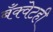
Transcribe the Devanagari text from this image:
बँक्वेटही